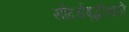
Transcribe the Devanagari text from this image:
सौदर्यवृद्धीसाठी